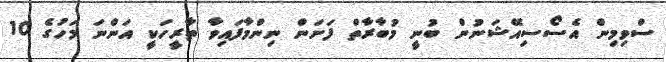
ސްވިމިން އެސޯސިއޭޝަނުން ބުނީ މުބާރާތް ފަށަން ނިންމާފައިވާ ތާރީހަކީ އަންނަ މަހުގެ 10